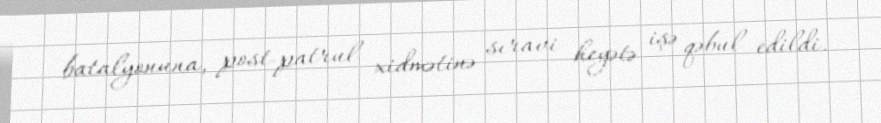
batalyonuna, post-patrul xidmətinə sıravi heyətə işə qəbul edildi.